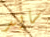
سايد